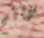
خاتم